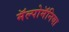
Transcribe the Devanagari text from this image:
मॅल्पोमॅनिया